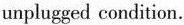
unplugged condition.